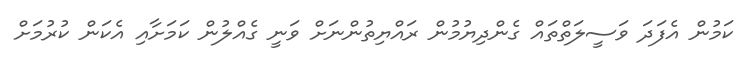
ކަމުން އެފަދަ ވަސީލަތްތައް ގެންދިޔުމުން ރައްޔިތުންނަށް ވަނީ ގެއްލުން ކަަމަށާއި އެކަން ކުރުމަށް